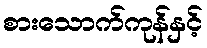
စားသောက်ကုန်နှင့်